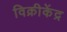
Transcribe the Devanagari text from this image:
विक्रीकेंद्र